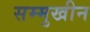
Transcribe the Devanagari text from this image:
सम्मुखीन